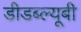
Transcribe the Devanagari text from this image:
डीडब्ल्यूबी